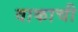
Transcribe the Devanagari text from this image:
वाकाची